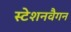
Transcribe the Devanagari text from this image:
स्टेशनवैगन